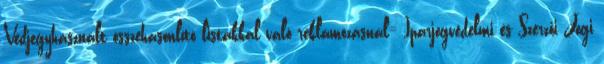
Védjegyhasznált összehasonlító listákkal való reklámozásnál= Iparjogvédelmi és Szerzői Jogi